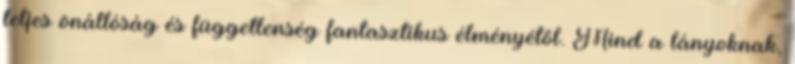
teljes önállóság és függetlenség fantasztikus élményétől. Mind a lányoknak,